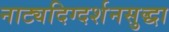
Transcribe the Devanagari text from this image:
नाट्यदिग्दर्शनसुद्धा